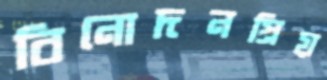
বিনোদনপ্রিয়